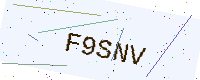
Text: F9SNV